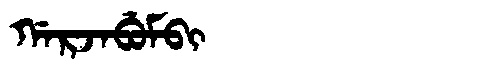
Manchu: ᡤᠠᡵᠵᠠᠪᡠᠮᠪᡳ
Romanization: GARJABUMBI